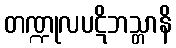
တဏ္ဍုလပဋိဘသ္တာနိ